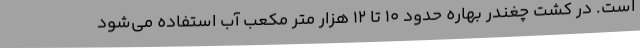
است. در کشت چغندر بهاره حدود 10 تا 12 هزار متر مکعب آب استفاده می‌شود